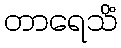
တာရေသိံ